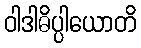
ဝါဒါဓိပ္ပါယောတိ